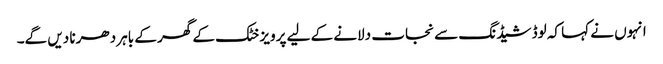
انہوں نے کہا کہ لوڈ شیڈنگ سے نجات دلانے کے لیے پرویز خٹک کے گھر کے باہر دھرنا دیں گے۔